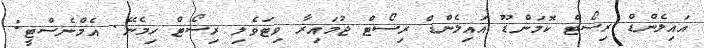
އައިލެންޑް ރިސޯޓް ކޮމަންޑޫ އައިލެންޑް ރިސޯޓް ޖުމައިރާ ވިޓަވެލި ރިސޯޓް ހިމެނޭ. އެމްނެސްޓީ: